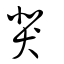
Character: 猆